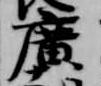
広